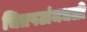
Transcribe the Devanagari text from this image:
चित्रपटांमधली